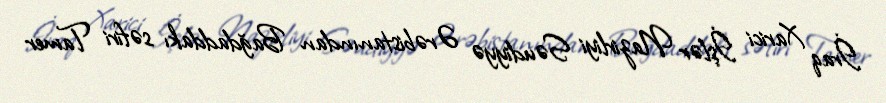
İraq Xarici İşlər Nazirliyi Səudiyyə Ərəbistanından Bağdaddakı səfiri Tamer